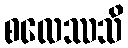
စလေဿသိ